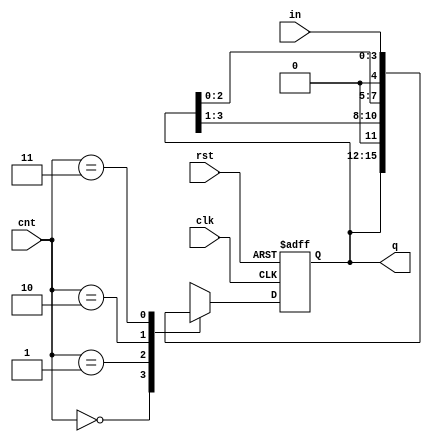
module univshift(in,cnt,clk,rst,q);
  input clk,rst;
  input [3:0]in;
  input [1:0]cnt;
  output reg [3:0]q;
  
  always @(posedge clk,posedge rst)
    begin
      if(rst)
        q<=0;
      else
        begin
          case(cnt)
            2'b00: q<=q;
              
            2'b01: q<={1'b0,q[3:1]};
              
            2'b10: q<={q[2:0],1'b0};
              
            2'b11: q<= in;
              
              default: q<=0;
          endcase
        end
    end
endmodule